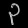
Digit: ၃